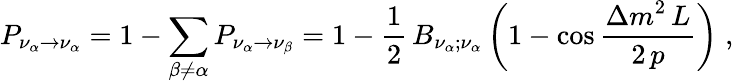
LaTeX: P_{\nu_{\alpha}\to\nu_{\alpha}}=1-\sum_{\beta\not=\alpha}P_{\nu_{\alpha}\to\nu_{\beta}}=1-{\frac{1}{2}}\, B_{\nu_{\alpha};\nu_{\alpha}}\left(1-\cos{\frac{\displaystyle\Delta m^{2}\, L}{\displaystyle 2\, p}}\right)\; ,